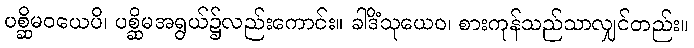
ပစ္ဆိမဝယေပိ၊ ပစ္ဆိမအရွယ်၌လည်းကောင်း။ ခါဒိံသုယေဝ၊ စားကုန်သည်သာလျှင်တည်း။